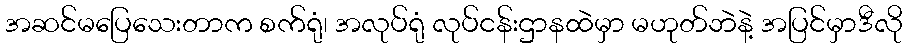
အဆင်မပြေသေးတာက စက်ရုံ၊ အလုပ်ရုံ လုပ်ငန်းဌာနထဲမှာ မဟုတ်ဘဲနဲ့ အပြင်မှာဒီလို